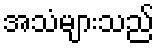
အသံများသည်